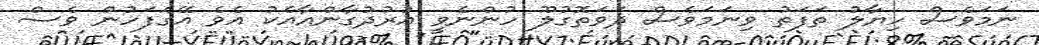
ނަމަވެސް ހިޔާލު ތަފަތު ވިނަމަވެސް ދަވަތޮގުލޫ ހުންނެވީ އުރުދުގާންއާއެކު އެވެ އޭގެފަހުން ވެސް